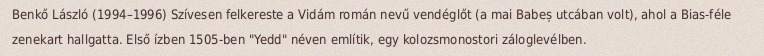
Benkő László (1994–1996) Szívesen felkereste a Vidám román nevű vendéglőt (a mai Babeș utcában volt), ahol a Bias-féle zenekart hallgatta. Első ízben 1505-ben "Yedd" néven említik, egy kolozsmonostori záloglevélben.